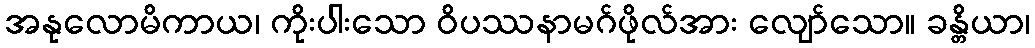
အနုလောမိကာယ၊ ကိုးပါးသော ဝိပဿနာမဂ်ဖိုလ်အား လျော်သော။ ခန္တိယာ၊